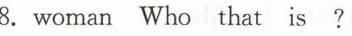
8.woman Who that is ?